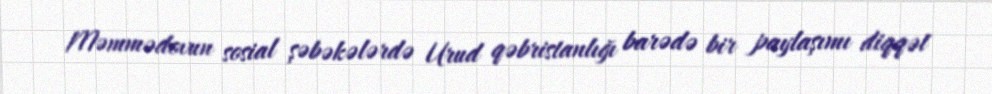
Məmmədovun sosial şəbəkələrdə Urud qəbristanlığı barədə bir paylaşımı diqqət